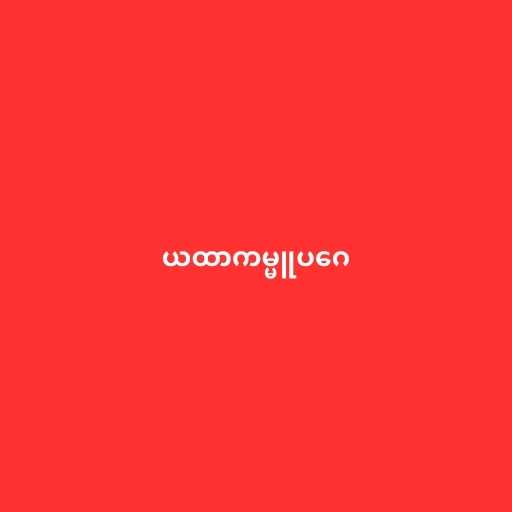
ယထာကမ္မူပဂေ